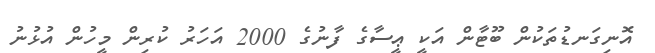
އޮނިގަނޑުތަކުން ބޫޓާން އަކީ ޢީސާގެ ފާނުގެ 2000 އަހަރު ކުރިން މީހުން އުޅުނު